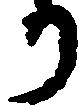
か